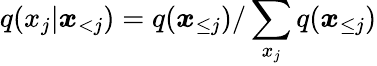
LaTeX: q(x_{j}|\boldsymbol x_{<j})=q(\boldsymbol x_{\le j})/\sum_{x_{j}}q(\boldsymbol x_{\le j})